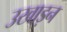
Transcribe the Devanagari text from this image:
उखाड़न